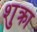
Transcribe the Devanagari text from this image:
शुक्रा